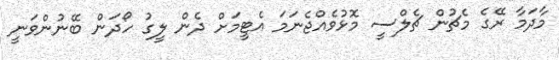
މާދަމާ ރޭގެ މެޗުން ޗެލްސީ މޮޅުވެއްޖެނަމަ އެޓީމަށް ދެން ލީގު ހޯދަން ބޭނުންވަނީ